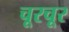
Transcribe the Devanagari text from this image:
चूरचूर